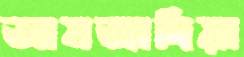
আমজাদিয়া